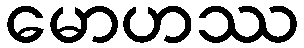
မောဟဿ